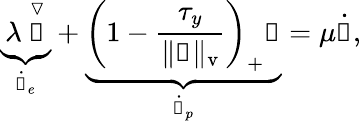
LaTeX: \underbrace{\lambda~\overset{\triangledown}{\boldsymbol{\uptau}}}_{\dot{\boldsymbol{\upgamma}}_{e}}+\underbrace{\left(1-\frac{\tau_{y}}{\Vert\boldsymbol{\uptau}\Vert_{\mathrm{v}}}\right)_{+}\boldsymbol{\uptau}}_{\dot{\boldsymbol{\upgamma}}_{p}}=\mu\dot{\boldsymbol{\upgamma}},